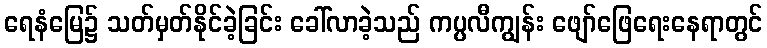
ရေနံမြေ၌ သတ်မှတ်နိုင်ခဲ့ခြင်း ခေါ်လာခဲ့သည် ကပ္ပလီကျွန်း ဖျော်ဖြေရေးနေရာတွင်